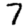
Digit: 7